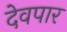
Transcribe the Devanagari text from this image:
देवपार